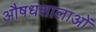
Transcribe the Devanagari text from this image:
औषधशालाओं